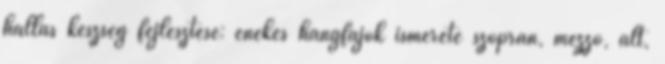
hallás készség fejlesztése: énekes hangfajok ismerete szoprán, mezzo, alt,